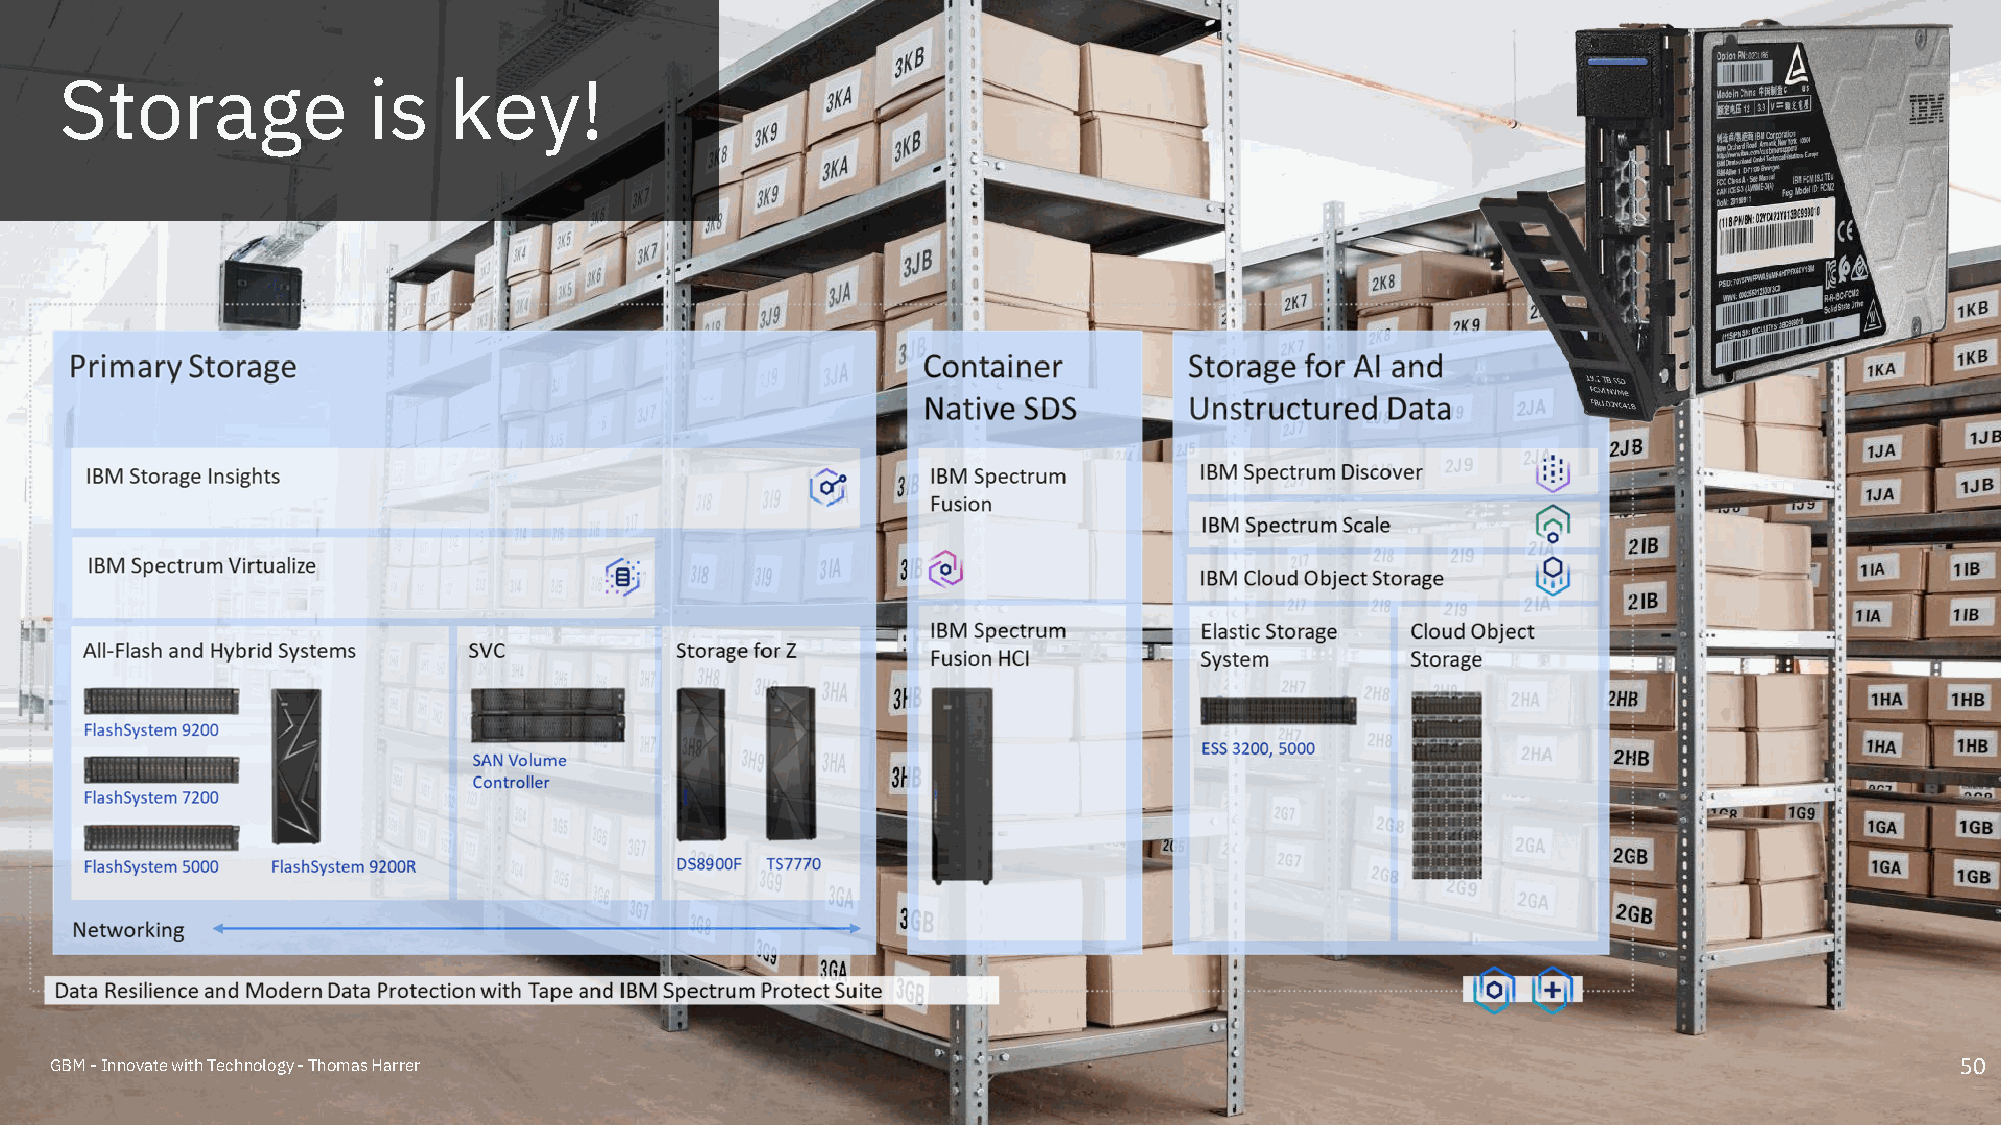
Storage             is    key!
 GBM -Innovate with Technology -Thomas Harrer                                                                                   50